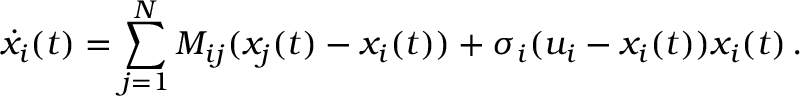
\dot { x } _ { i } ( t ) = \sum _ { j = 1 } ^ { N } M _ { i j } ( x _ { j } ( t ) - x _ { i } ( t ) ) + \sigma _ { i } ( u _ { i } - x _ { i } ( t ) ) x _ { i } ( t ) \, .